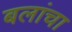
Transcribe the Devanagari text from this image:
बलांचा